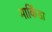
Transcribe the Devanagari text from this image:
मार्किंडा